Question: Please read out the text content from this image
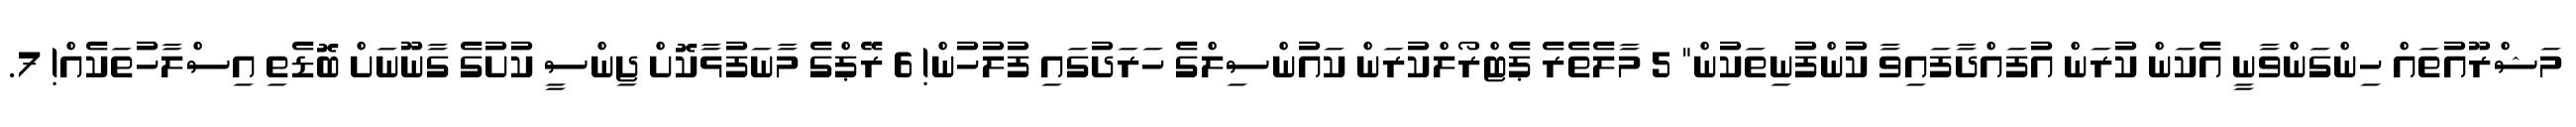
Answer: މަޝްރޫއުތައް ހިންގަންވާނީ އެކަން ކުރަން އުފައްދާފައިވާ ކުންފުނިތަކުން" 5 މާލެތެރެ ޕެޓްރޯލްކުރަން ކައުންސިލްގެ ހަރަދުގައި ފުލުހުން! 6 ރޭޕްގެ މާނަފުޅާކޮށް ޖިންސީ ކުށުގެ ގާނޫނަށް ބޮޑެތި އިސްލާހުތަކެއް! 7.